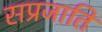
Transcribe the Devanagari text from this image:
सप्रजाति